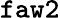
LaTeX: \tt faw2